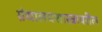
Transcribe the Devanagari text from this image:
ग्रंथालयशास्त्रावरील